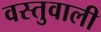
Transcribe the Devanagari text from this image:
वस्तुवाली